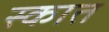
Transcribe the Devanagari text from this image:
स्कात